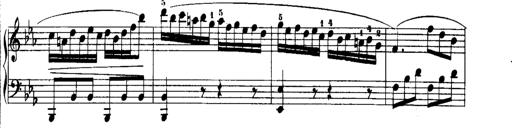
Title: Rondos and Sonatinas for Pianoforte
Composer: Daniel Steibelt